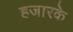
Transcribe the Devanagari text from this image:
हजारके